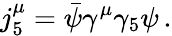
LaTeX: j_{5}^{\mu}=\bar{\psi}\gamma^{\mu}\gamma_{5}\psi\, .